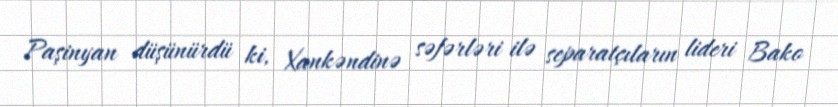
Paşinyan düşünürdü ki, Xankəndinə səfərləri ilə separatçıların lideri Bako